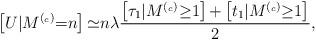
LaTeX: \begin{align*} \left[ U \vert M^{(_c)}{=}n \right] {\simeq} n \lambda\frac{ \left[ \tau_1 \vert M^{(_c)}{\geq} 1 \right] {+} \left[ t_1 \vert M^{(_c)}{\geq} 1 \right]}{2},\end{align*}